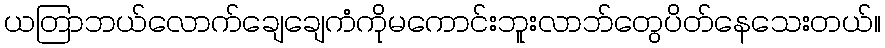
ယတြာဘယ်လောက်ချေချေကံကိုမကောင်းဘူးလာဘ်တွေပိတ်နေသေးတယ်။